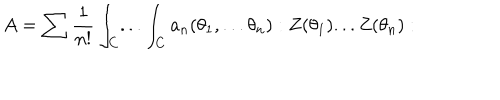
A = \sum \frac { 1 } { n ! } \int _ { C } . . . \int _ { C } a _ { n } ( \theta _ { 1 } , . . . \theta _ { n } ) : Z ( \theta _ { 1 } ) . . . Z ( \theta _ { n } ) :